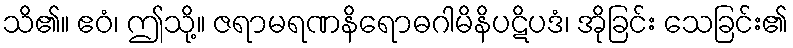
သိ၏။ ဧဝံ၊ ဤသို့။ ဇရာမရဏနိရောဓဂါမိနိပဋိပဒံ၊ အိုခြင်း သေခြင်း၏